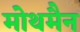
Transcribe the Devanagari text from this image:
मोथमैन